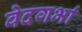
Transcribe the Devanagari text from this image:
वेदगर्भा